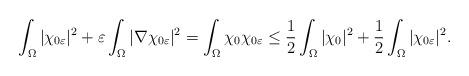
LaTeX: \begin{align*} \int_{\Omega} |\chi_{0\varepsilon}|^2 + \varepsilon \int_{\Omega} |\nabla \chi_{0\varepsilon}|^2 = \int_{\Omega} \chi_0 \chi_{0\varepsilon} \leq \frac{1}{2} \int_{\Omega} |\chi_0|^2 + \frac{1}{2} \int_{\Omega} | \chi_{0\varepsilon}|^2.\end{align*}